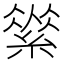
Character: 𦃚